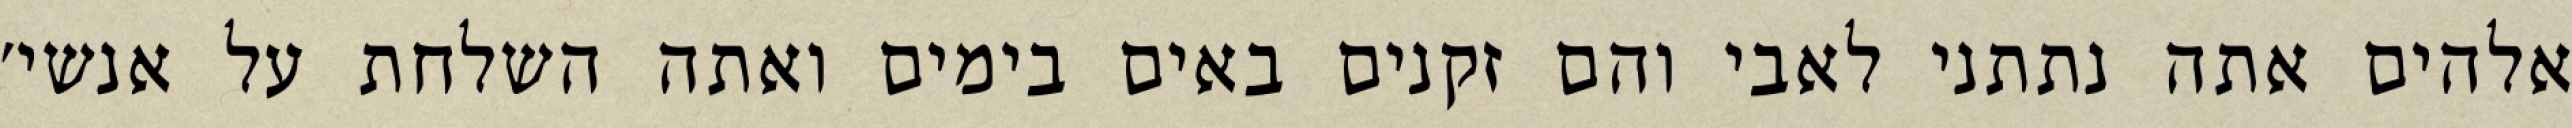
אלהים אתה נתתני לאבי והם זקנים באים בימים ואתה השלחת על אנשי׳